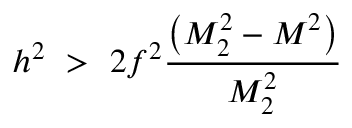
h ^ { 2 } ~ > ~ 2 f ^ { 2 } { \frac { \left( M _ { 2 } ^ { 2 } - M ^ { 2 } \right) } { M _ { 2 } ^ { 2 } } }